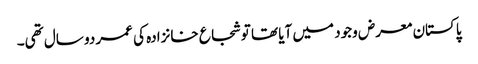
پاکستان معرض وجود میں آیا تھا تو شجاع خانزادہ کی عمر دو سال تھی۔